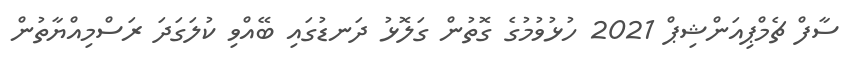
ސާފް ޗެމްޕިއަންޝިޕް 2021 ހުޅުވުމުގެ ގޮތުން ގަލޮޅު ދަނޑުގައި ބޭއްވި ކުލަގަދަ ރަސްމިއްޔާތުން